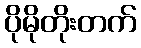
ပိုမိုတိုးတက်